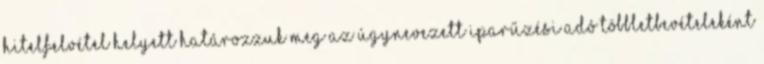
hitelfelvétel helyett határozzuk meg az úgynevezett iparűzési adó többletbevételeként